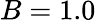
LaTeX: B=1.0